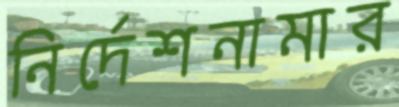
নির্দেশনামার